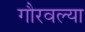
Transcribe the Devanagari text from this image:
गौरवल्या